Bombay plague: being a history of the progress of plague in the Bombay presidency from September 1896 to June 1899
Year: 1896
Disease focus: Plague
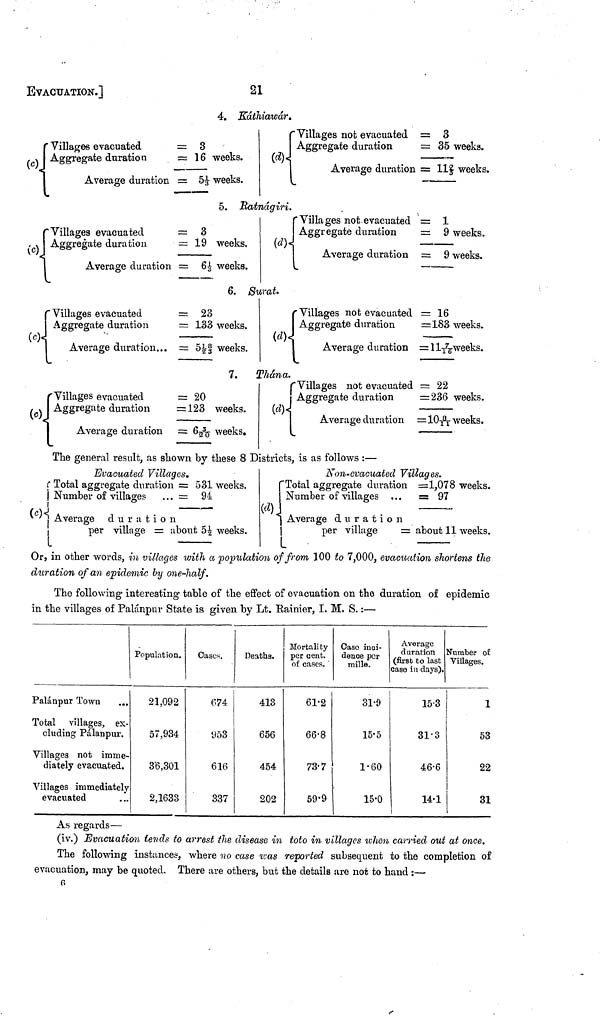
21
EVACUATION.]
(c)
Villages evacuated
Aggregate duration
Average duration
(c).
"Villages evacuated
Aggregate duration
Average duration
(c) \ /
Villages evacuated
Aggregate duration
Average duration...
(c) (
Villages evacuated
Aggregate duration
Average duration
4. Káthiawár.
= 3
= 16 weeks.
= 51/3 weeks.
{Villages not evacuated
{Aggregate duration
(d) Average duration
= 3
= 35 weeks.
= 112/3 weeks.
5. Ratnágiri.
o
= 19 weeks.
= 61/3 weeks.
{ Villages not evacuated
{Aggregate duration
(d)
Average duration
= 1
= 9 weeks.
= 9 weeks.
6. Surat·
= 23
= 133 weeks.
— 51/2 8/3 weeks.
{
Villages not evacuated
{Aggregate duration
Average duration
= 16
=183 weeks.
= 117/16weeks.
7.
Thána.
= 20
= 123 weeks.
= 6 3/20 weeks.
{Villages not evacuated
{Aggregate duration
(d)
Average duration
= 22
= 236 weeks.
=10 8/11 weeks.
The general result, as shown by these 8 Districts, is as follows : —
Evacuated Villages.
(c)
Total aggregate duration
Number of villages
Average duration
per village = a
= 531 weeks.
= 94
bout 5 1/2 weeks.
Non-evacuated Villages.
{ Total aggregate duration
{Number of villages ...
(d) { Average duration
{per village
=
=1,078 weeks.
= 97
about 11 weeks.
Or, in other words, in villages with a population of from 100 to 7,000, evacuation shortens the
duration of an epidemic by one-half.
The following interesting table of the effect of evacuation on the duration of epidemic
in the villages of Palánpur State is given by Lt. Rainier, I. M, S. :—
Palánpur Town
Total villages, ex-
cluding Palánpur.
Villages not imme-
diately evacuated.
Villages immediately
evacuated
Population.
21,092
57,934
3'6,301
2,1633
Cases.
674
953
616
337
Deaths.
413
656
454
202
Mortality
per cent.
of cases.
61.2
66.8
73.7
59.9
Case inci-
dence per
mille.
31.9
15.5
1.60
15.0
Average
duration
(first to last
case in days).
15.3
31.3
46.6
14.1
Slumber of
Villages.
1
53
22
31
As regards—
(iv.) Evacuation tends to arrest the disease in toto in villages when carried out at once.
The following instances, where 120 case was reported subsequent to the completion of
evacuation, may be quoted. There are others, but the details are not to hand :—
6